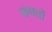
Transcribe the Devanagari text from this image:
फफ्तों